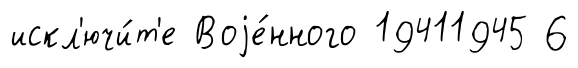
искл'ючи́т'е Воjе́нного 19411945 6